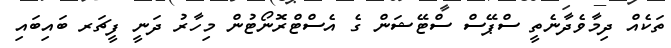
ތަކެއް ދިމާވެދާނެތީ ސްޕޭސް ސްޓޭޝަން ގެ އެސްޓްރޮނޯޓުން މިހާރު ދަނީ ފީޗަރ ބައިބައި